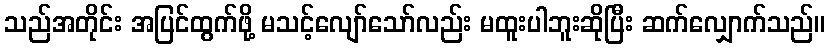
သည်အတိုင်း အပြင်ထွက်ဖို့ မသင့်လျော်သော်လည်း မထူးပါဘူးဆိုပြီး ဆက်လျှောက်သည်။